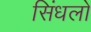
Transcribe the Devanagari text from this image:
सिंधलो